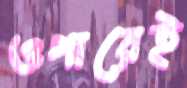
ওপারেই